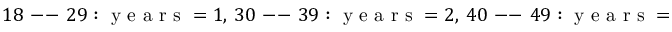
1 8 \mathrm { ~ -- ~ } 2 9 : \mathrm { ~ y ~ e ~ a ~ r ~ s ~ } = 1 , \, 3 0 \mathrm { ~ -- ~ } 3 9 : \mathrm { ~ y ~ e ~ a ~ r ~ s ~ } = 2 , \, 4 0 \mathrm { ~ -- ~ } 4 9 : \mathrm { ~ y ~ e ~ a ~ r ~ s ~ } = 3